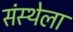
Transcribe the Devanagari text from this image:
संस्‍थ्‍ोला